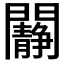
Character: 𨷧